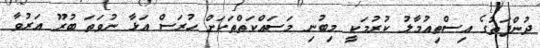
ދުންފަތުގެ އިސްތިއުމާލު ކުރުމަކީ މިބުނި މަސައްކަތްތަކަށް ހުރަސް އަޅާ ނުވަތަ ބުރޫ އަރުވާ